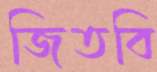
জিতবি